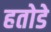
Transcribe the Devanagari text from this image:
हतोडे